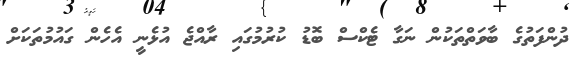
ދުންފަތުގެ ބާވަތްތަކުން ނަގާ ޓެކްސް ބޮޑު ކުރުމުގައި ރާއްޖެ އުޅެނީ އެހެން ގައުމުތަކަށް